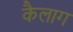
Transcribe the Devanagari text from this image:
कैलाग